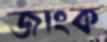
জাংক